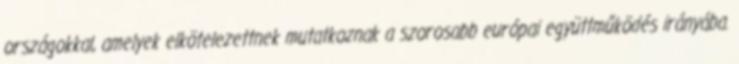
országokkal, amelyek elkötelezettnek mutatkoznak a szorosabb európai együttműködés irányába.